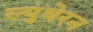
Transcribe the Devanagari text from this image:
ल्युथेरन